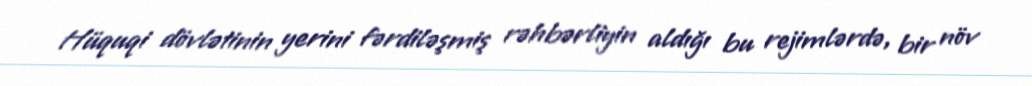
Hüquqi dövlətinin yerini fərdiləşmiş rəhbərliyin aldığı bu rejimlərdə, bir növ